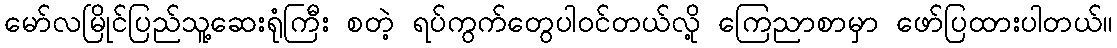
မော်လမြိုင်ပြည်သူ့ဆေးရုံကြီး စတဲ့ ရပ်ကွက်တွေပါဝင်တယ်လို့ ကြေညာစာမှာ ဖော်ပြထားပါတယ်။